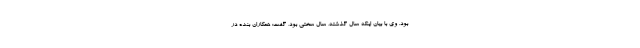
بود. وی با بیان اینکه سال گذشته، سال سختی بود، گفت: همکاران بنده در